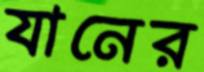
যানের